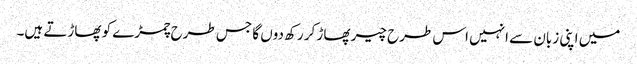
میں اپنی زبان سے انہیں اس طرح چیر پھاڑ کر رکھ دوں گا جس طرح چمڑے کو پھاڑتے ہیں۔